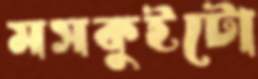
মসকুইটো